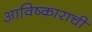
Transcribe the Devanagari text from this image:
आविष्काराची